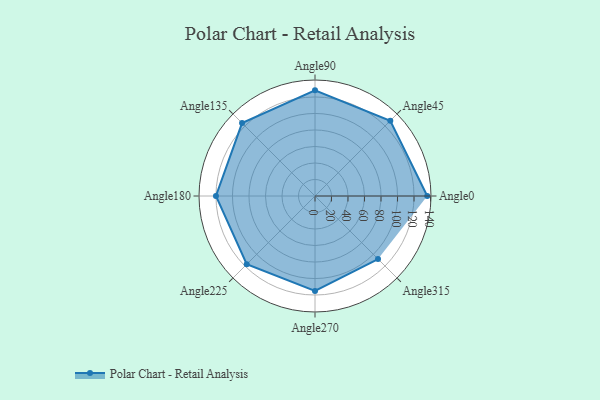
{"axis": {"x": "Angle", "y": "Radius"}, "legend": [""], "data": [{"x": "Angle0", "y": 136.0, "type": ""}, {"x": "Angle45", "y": 129.0, "type": ""}, {"x": "Angle90", "y": 128.0, "type": ""}, {"x": "Angle135", "y": 125.0, "type": ""}, {"x": "Angle180", "y": 120.0, "type": ""}, {"x": "Angle225", "y": 117.0, "type": ""}, {"x": "Angle270", "y": 115.0, "type": ""}, {"x": "Angle315", "y": 108.0, "type": ""}]}